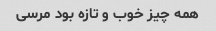
همه چیز خوب و تازه بود مرسی